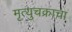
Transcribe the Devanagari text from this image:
मृत्युचक्राचा